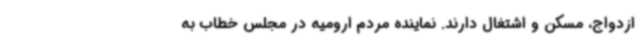
ازدواج، مسکن و اشتغال دارند. نماینده مردم ارومیه در مجلس خطاب به